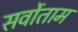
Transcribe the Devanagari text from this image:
सर्वोताम